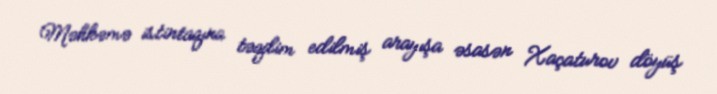
Məhkəmə istintaqına təqdim edilmiş arayışa əsasən Xaçaturov döyüş